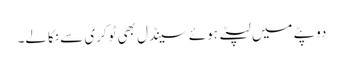
دوپٹے میں لپٹے ہوئے سینڈل بھی ٹوکری سے نکالے۔